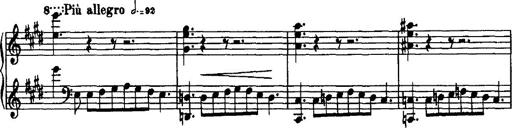
Title: Rondo di bravura
Composer: Franz Liszt